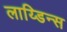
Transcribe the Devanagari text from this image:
लाय्डिन्स